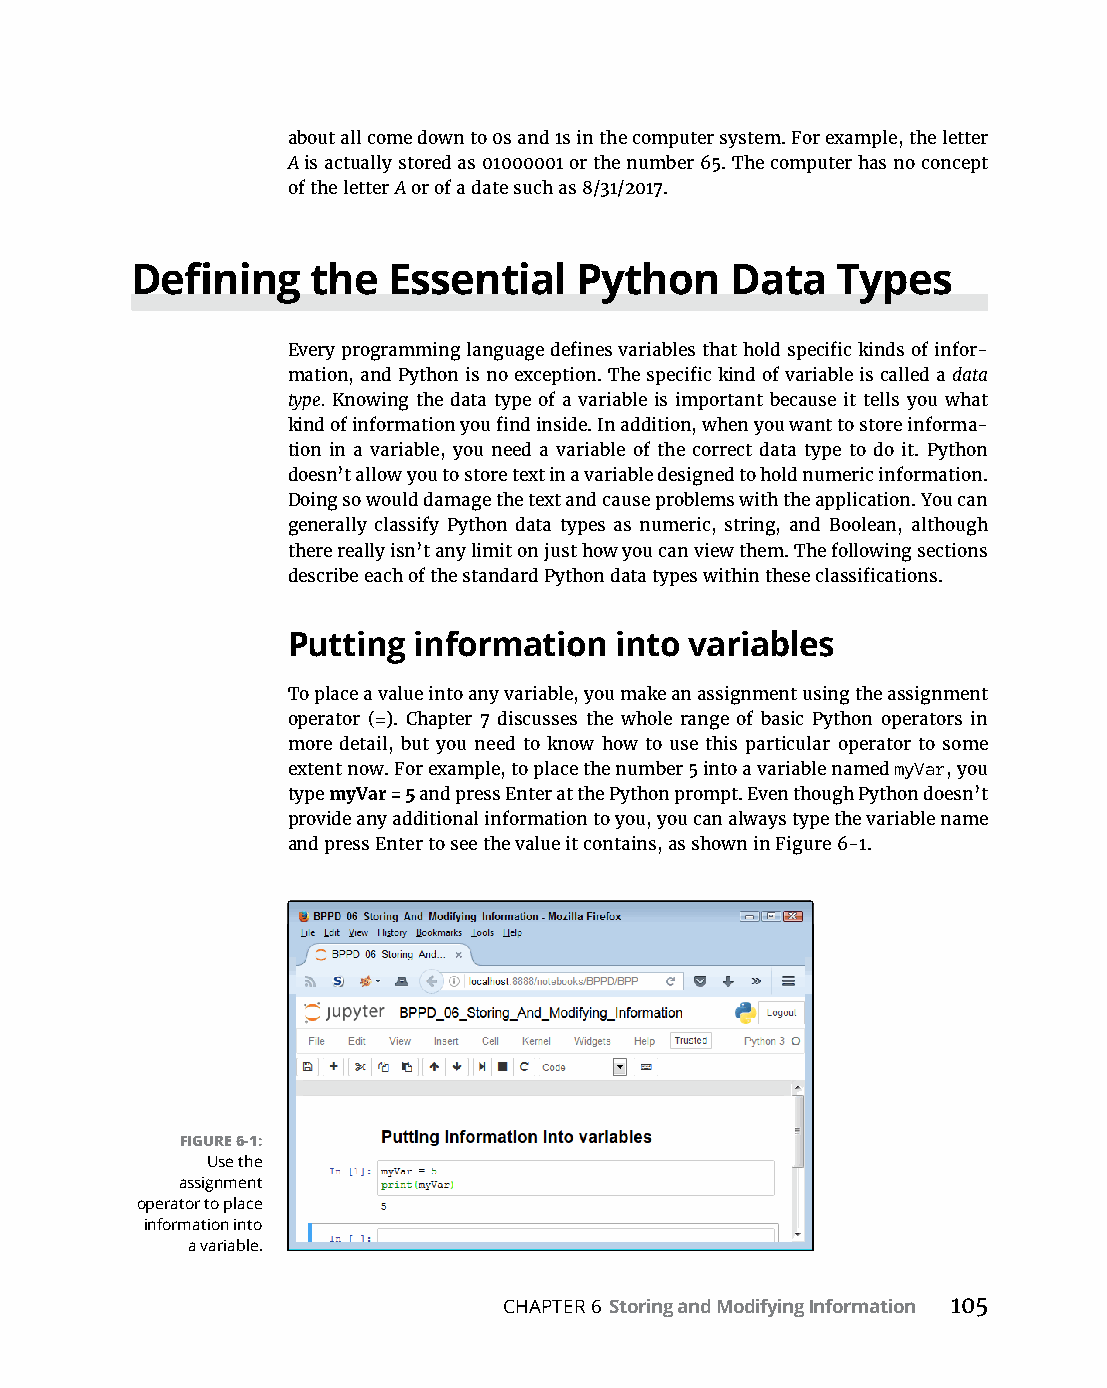
about all come down to 0s and 1s in the computer system. For example, the letter
 A is actually stored as 01000001 or the number 65. The computer has no concept
 of the letter A or of a date such as 8/31/2017.
 Defining    the  Essential   Python    Data   Types
 Every programming language defines variables that hold specific kinds of infor-
 mation, and Python is no exception. The specific kind of variable is called a data
 type. Knowing the data type of a variable is important because it tells you what
 kind of information you find inside. In addition, when you want to store informa-
 tion in a variable, you need a variable of the correct data type to do it. Python
 doesn’t allow you to store text in a variable designed to hold numeric information.
 Doing so would damage the text and cause problems with the application. You can
 generally classify Python data types as numeric, string, and Boolean, although
 there really isn’t any limit on just how you can view them. The following sections
 describe each of the standard Python data types within these classifications.
 Putting information   into variables
 To place a value into any variable, you make an assignment using the assignment
 operator (=). Chapter 7 discusses the whole range of basic Python operators in
 more detail, but you need to know how to use this particular operator to some
 extent now. For example, to place the number 5 into a variable named myVar, you
 type myVar = 5 and press Enter at the Python prompt. Even though Python doesn’t
 provide any additional information to you, you can always type the variable name
 and press Enter to see the value it contains, as shown in Figure 6-1.
 FIGURE 6-1:
 Use the
 assignment
 operator to place
 information into
 a variable.
 CHAPTER 6 Storing and Modifying Information 105